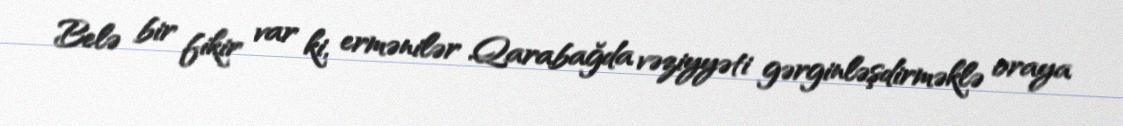
Belə bir fikir var ki, ermənilər Qarabağda vəziyyəti gərginləşdirməklə oraya